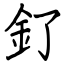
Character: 釕